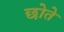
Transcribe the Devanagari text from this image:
छोते